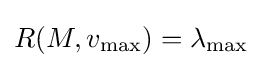
R(M,v_{\max })=\lambda _{\max }